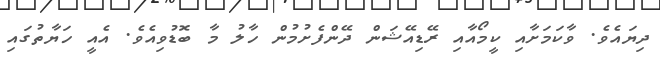
ދިޔައެވެ. ވާކަމަށާއި ކީމޯއާއި ރޭޑިއޭޝަން ދޭންފެށުމުން ހާލު މާ ބޮޑުވިއެވެ. އެއީ ހަޔާތުގައި